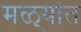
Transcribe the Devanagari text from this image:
मळ्यांत